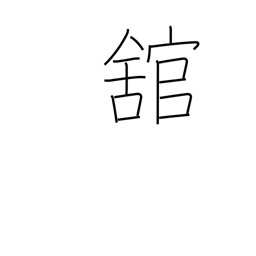
Meaning: large building